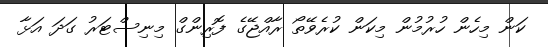
ކަން މިހެން ހުރުމުން މިކަން ކުރެވޭތޯ ރާއްޖޭގެ ފޮރިންގް މިނިސްޓަރު ގަދަ އަޅާ